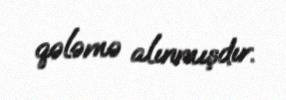
qələmə alınmışdır.